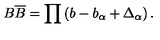
B \overline { { B } } = \prod \left( b - b _ { \alpha } + \Delta _ { \alpha } \right) .